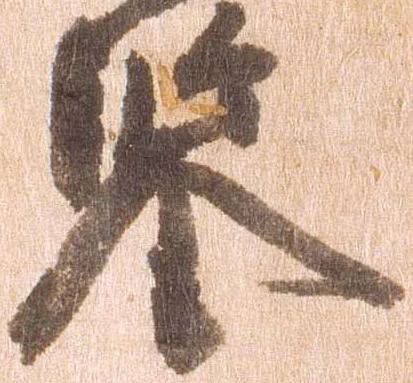
鑑